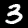
Label: 3